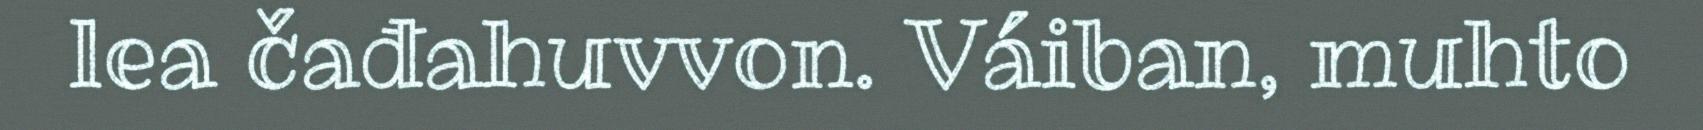
lea čađahuvvon. Váiban, muhto